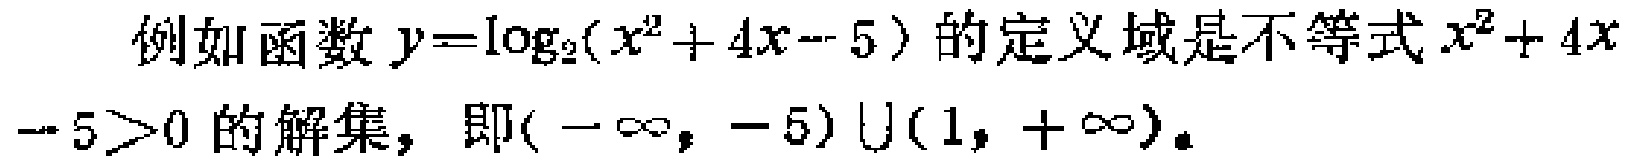
例如函数\(y = \log_{2}(x^{2}+4x - 5)\)的定义域是不等式\(x^{2}+4x - 5>0\)的解集，即\((-\infty, - 5)\cup(1,+\infty)\)。